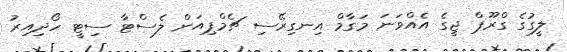
ލީގުގެ ގްރޫޕް ޖީގެ އެއްވަނަ މަގާމް އިނގިރޭސި ޗެމްޕިއަން ލެސްޓާ ސިޓީ ހޯދިއިރު